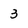
Character: 3